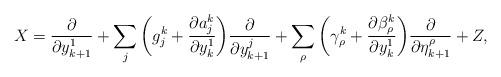
LaTeX: \begin{align*}X = \frac {\partial} {\partial y^1_{k+1}} + \sum_j \bigg(g^k_j + \frac {\partial a_j^k} {\partial y^1_k} \bigg) \frac {\partial} {\partial y^j_{k+1}} + \sum_\rho \bigg(\gamma^k_\rho + \frac {\partial \beta^k_\rho} {\partial y^1_k} \bigg) \frac {\partial} {\partial \eta^\rho_{k+1}} + Z,\end{align*}